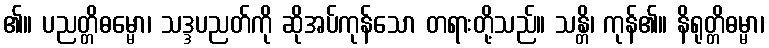
၏။ ပညတ္တိဓမ္မော၊ သဒ္ဒပညတ်ကို ဆိုအပ်ကုန်သော တရားတို့သည်။ သန္တိ၊ ကုန်၏။ နိရုတ္တိဓမ္မာ၊